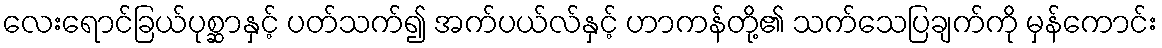
လေးရောင်ခြယ်ပုစ္ဆာနှင့် ပတ်သက်၍ အက်ပယ်လ်နှင့် ဟာကန်တို့၏ သက်သေပြချက်ကို မှန်ကောင်း